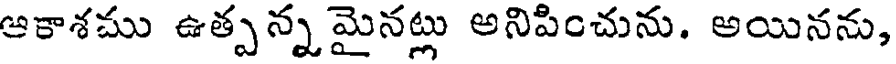
ఆకాశము ఉత్పన్నమైనట్లు అనిపించును. అయినను,